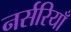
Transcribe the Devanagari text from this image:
नर्सरियाँ